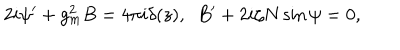
LaTeX: 2 i \psi ^ { \prime } + g _ { m } ^ { 2 } B = 4 \pi i \delta ( z ) , ~ ~ B ^ { \prime } + 2 i \zeta N \sin \psi = 0 ,